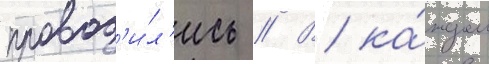
провод'и́л'ись // В ка́ждом